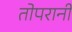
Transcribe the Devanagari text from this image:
तोपरानी